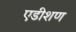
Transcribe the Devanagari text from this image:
एडीशण